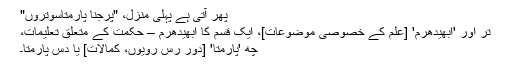
پھر آتی ہے پہلی منزل، "پرجنا پارمتاسوتروں"
تر اور 'ابھیدھرم' [علم کے خصوصی موضوعات]، ایک قسم کا ابھیدھرم – حکمت کے متعلق تعلیمات،
چھ 'پارمتا' [دور رس رویوں، کمالات] یا دس پارمتا۔